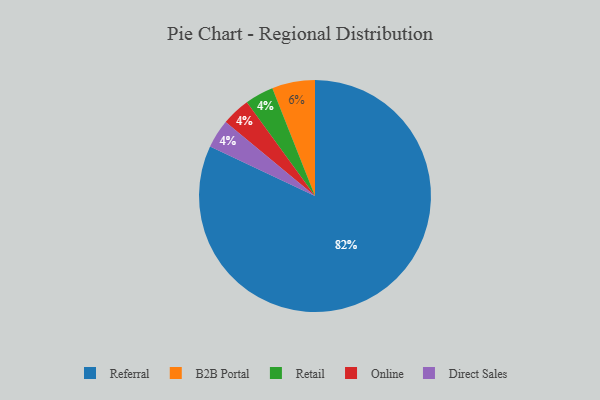
{"axis": {"x": "Category", "y": "Percentage"}, "legend": ["B2B Portal", "Direct Sales", "Online", "Referral", "Retail"], "data": [{"x": "Retail", "y": 4, "type": "Retail"}, {"x": "Referral", "y": 82, "type": "Referral"}, {"x": "Online", "y": 4, "type": "Online"}, {"x": "B2B Portal", "y": 6, "type": "B2B Portal"}, {"x": "Direct Sales", "y": 4, "type": "Direct Sales"}]}